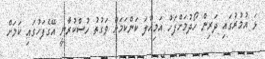
ޅަ އުމުރުގައި ދަރިން ހޯދުމަށްފަހު އަމިއްލަ ކަންކަމަށް ވަގުތު ހުސްކުރާނީ އޭގެފަހުގައި ކަމަށް